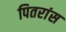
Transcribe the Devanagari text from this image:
पितरांस